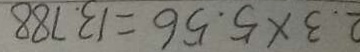
2 . 3 \times 5 . 5 6 = 1 3 . 7 8 8